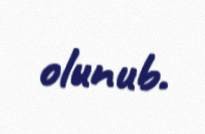
olunub.